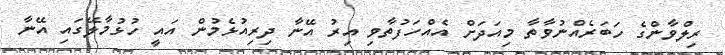
ރިލްވާންގެ ހަބަރެއްނުވާތާ މިއަދަށް އެއްހަފުތާވި އިރު އޭނާ ދިރިއުޅެމުން އައީ ހުޅުމާލޭގައި އޭނާ